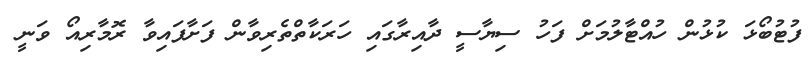
ފުޓުބޯޅަ ކުޅުން ހުއްޓާލުމަށް ފަހު ސިޔާސީ ދާއިރާގައި ހަރަކާތްތެރިވާން ފަށާފައިވާ ރޮމާރިއޯ ވަނީ